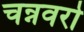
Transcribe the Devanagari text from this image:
चन्नवरो